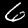
Label: 6